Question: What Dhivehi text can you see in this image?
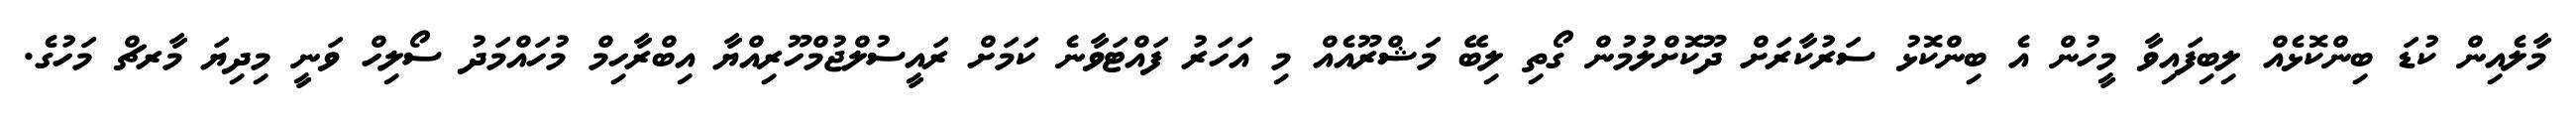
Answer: މާލެއިން ކުޑަ ބިންކޮޅެއް ލިބިފައިވާ މީހުން އެ ބިންކޮޅު ސަރުކާރަށް ދޫކޮށްލުމުން ގޯތި ލިބޭ މަޝްރޫއެއް މި އަހަރު ފައްޓަވާނެ ކަމަށް ރައީސުލްޖުމްހޫރިއްޔާ އިބްރާހިމް މުހައްމަދު ސޯލިހް ވަނީ މިދިޔަ މާރޗް މަހުގެ.